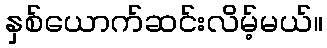
နှစ်ယောက်ဆင်းလိမ့်မယ်။